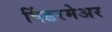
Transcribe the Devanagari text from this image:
विंडरमेअर